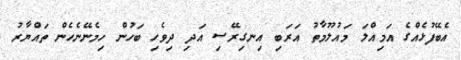
އެބޭފުޅެއްގެ އަމިއްލަ މައުލޫމާތު އަރަބި އިނގިރޭސި އަދި ދިވެހި ބަހުން ހިމެނޭނެހެން ތައްޔާރު